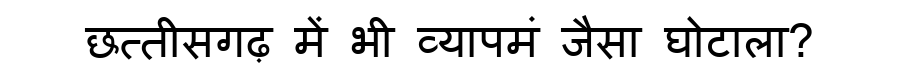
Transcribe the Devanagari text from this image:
छत्तीसगढ़ में भी व्यापमं जैसा घोटाला?